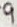
Text: 9